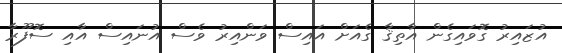
އުޒައިރު ގޮވައިގެން އާތިޤާ ގެއަށް އައިސް ވަންއިރު ވެސް އުނައިސް އާއި ސޮފޫރާ